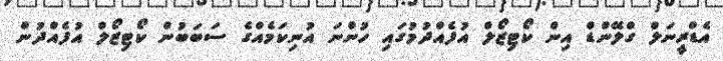
އެޑްރީނަލް ގްލޭންޑް އިން ކޯޓިޒޯލް އުފެއްދުމުގައި ހުންނަ އުނިކަމެއްގެ ސަބަބުން ކޯޓިޒޯލް އުފެއްދުން